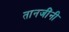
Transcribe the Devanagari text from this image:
तानजींनी